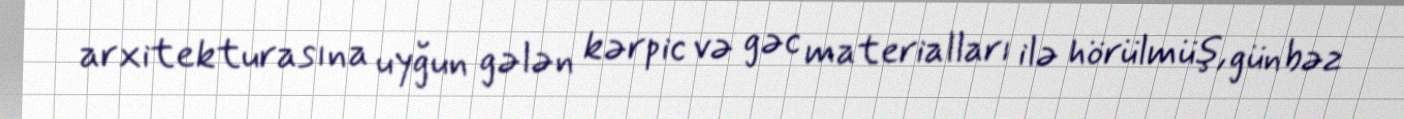
arxitekturasına uyğun gələn kərpic və gəc materialları ilə hörülmüş, günbəz